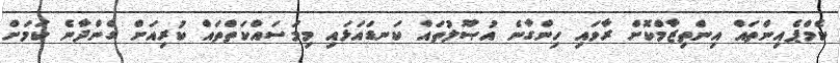
ކެމްޕެއިންތައް އިންތިޒާމްކޮށް ރާވައި ހިންގާނެ އުޞޫލުތައް ކަނޑައަޅައި މިމަސައްކަތްތައް ކުރިއަށް ގެންދާނެ ކަމަށް